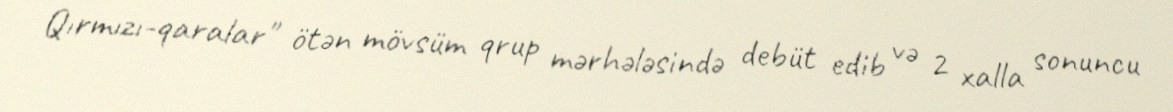
Qırmızı-qaralar" ötən mövsüm qrup mərhələsində debüt edib və 2 xalla sonuncu